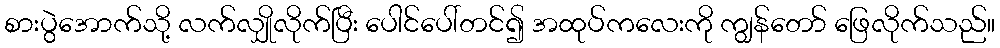
စားပွဲအောက်သို့ လက်လျှိုလိုက်ပြီး ပေါင်ပေါ်တင်၍ အထုပ်ကလေးကို ကျွန်တော် ဖြေလိုက်သည်။